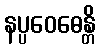
နပ္ပဝေဓေန္တိ